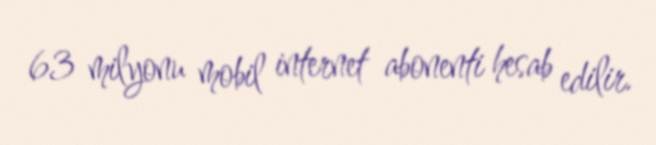
63 milyonu mobil internet abonenti hesab edilir.